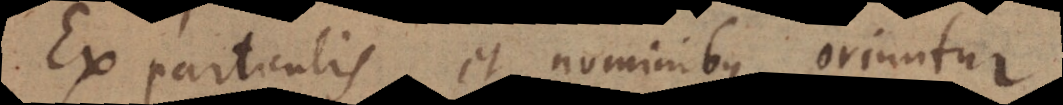
Ex particulis et nominibus oriuntur